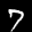
Label: 7